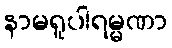
နာမရူပါရမ္မဏာ